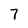
Character: 7